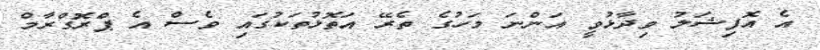
އެ އޮފިޝަލު ވިދާޅުވީ އަންނަ މަހުގެ ތެރޭ އަތޮޅުތަކުގައި ވެސް އެ ޕްރޮގްރާމް